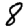
Digit: 8